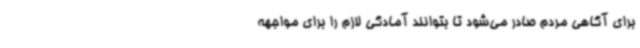
برای آگاهی مردم صادر می‌شود تا بتوانند آمادگی لازم را برای مواجهه